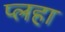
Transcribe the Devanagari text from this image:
प्लहा